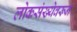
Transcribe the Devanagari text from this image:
लोकसंख्येवरून